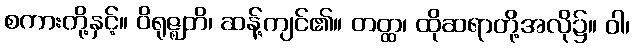
စကားတို့နှင့်။ ဝိရုဇ္ဈတိ၊ ဆန့်ကျင်၏။ တတ္ထ၊ ထိုဆရာတို့အလို၌။ ဝါ၊